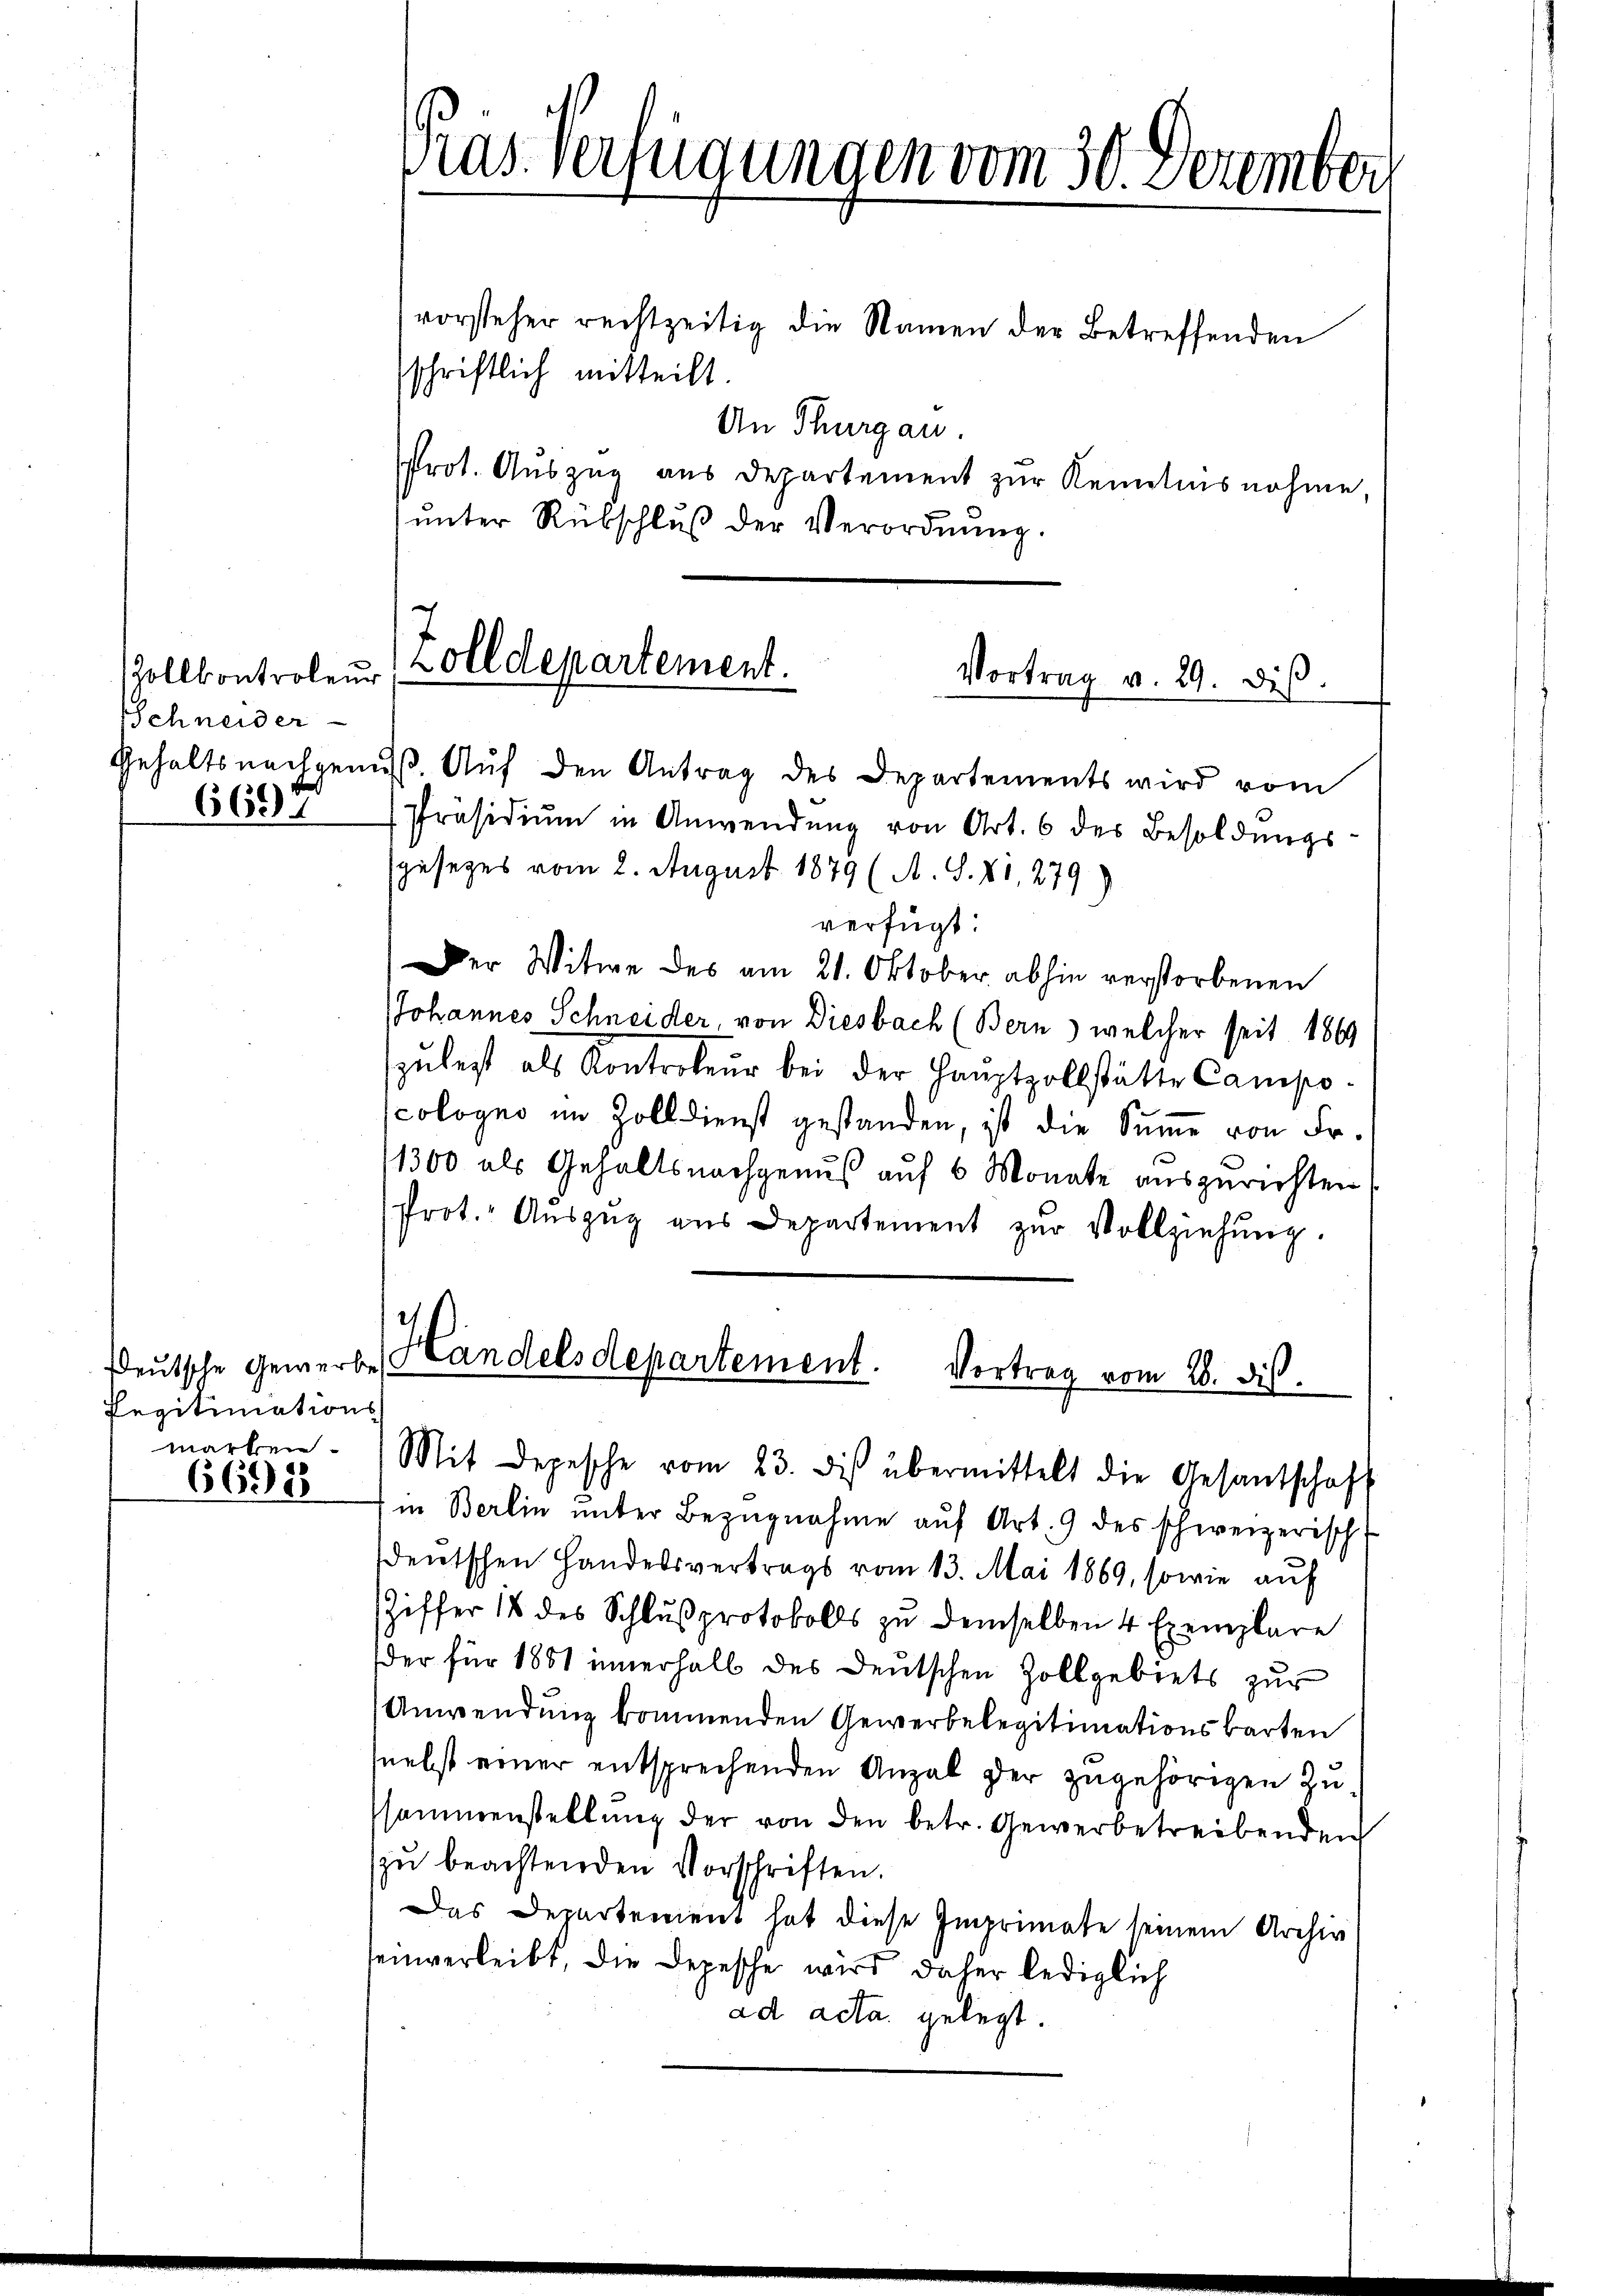
Zollkontroleur
Schneider
6694

Regitimations-
marken.
66988

Dras. Verfügungen vom 30. Dezember

vorsteher rechtzeitig die Namen der Betreffenden
sschriftlich mitteilt.
An Thurgau.
Prot. Auszug aus Departement zur Kenntnisnahme,
ŭnter Rübschluß der Verordnung.

Gehaltsnachgenuß. Auf den Antrag des Departements wird vom
Präsidiŭm in Anwendung von Art. 6 der Besoldungs-
sgesezes vom 2. August 1879 (A. S. XI, 279)
verfügt:
Der Witwe des am 21. Oktober abhin verstorbenen
JJohannes Schneider, von Diesbach (Bern) welcher seit 1869
zulest als Kontroleur bei der Hauptzollstätte Campocologno im Zolldienst gestanden, ist die Summe von Fr.
1300 als Gehaltsnachgenuß auf 6 Monate auszurichten
Prot. Aŭszŭg aŭs Departement zŭr Vollziehŭng.
Deutsche Gewerbe Handelsdepartement. Vortrag vom 28. ds.

Zolldepartement.
Vortrag v. 29. diβ.

Mit Depesche vom 23. des übermittelt die Gesantschaft

in Berlin ŭnter Bezŭgnahme auf Art. 9 des schweizerisch
sdeutschen Handelsvertrags vom 13. Mai 1869, sowie auf
Ziffer 18 des Schlußprotokolls zu demselben 4 Exemplare
der für 1851 innerhalb des Deutschen Zollgebiets zur
Anwendung kommenden Gewerbelegitimationsbarten
nebst einer entsprechenden Anzal der zugehörigen zu
sammenstellung der von den betr. Gewerbetreibenden
zu beachtenden Vorschriften.
Das Departement hat diese Imprimate seinem Archiv
seinverleibt, die Depesche wird daher lediglich
ad acta gelegt.